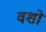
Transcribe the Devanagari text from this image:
वशो